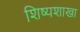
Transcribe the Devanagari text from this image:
शिष्यशाखा